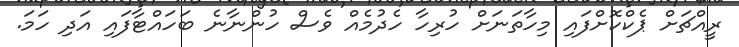
ރީއްޗަށް ޕެކްކޮށްފައި މިހާތަނަށް ހުރިހާ ހެދުމެއް ވެސް ހުންނާނެ ބަހައްޓާފައި އަދި ހަމަ.